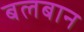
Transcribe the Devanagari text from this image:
बलबान